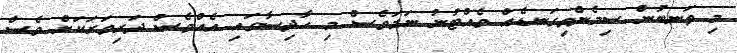
މި ތަނބުން ސިމެންތިގަނޑެއް ވެއްޓުނު ނަމަވެސް މި ހާދިސާގައި އެއްވެސް ދަރިވަރަކަށް ވެސް